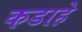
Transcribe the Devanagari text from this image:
कडाहे